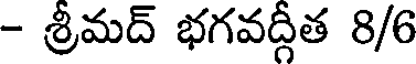
- శ్రీమద్ భగవద్గీత 8/6